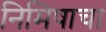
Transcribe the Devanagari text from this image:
निमिषाचा